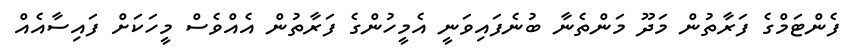
ފެންޓަމްގެ ފަރާތުން މަދޫ މަންތެނާ ބުނެފައިވަނީ އެމީހުންގެ ފަރާތުން އެއްވެސް މީހަކަށް ފައިސާއެއް